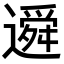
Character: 䢬